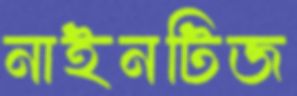
নাইনটিজ